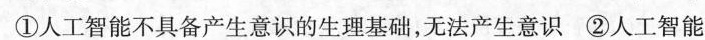
①人工智能不具备产生意识的生理基础，无法产生意识②人工智能